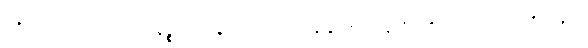
ပရိယာဒါယ အာကာသာနဉ္စာယတနံ သန္တတော အနန္တတော မနသိကရိတွာ စက္ကဝါဠပရိယန္တံ ဝါ